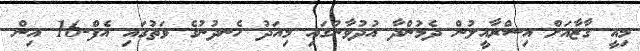
މިއީ ގާޒާއަށް އިސްރާއީލުން ދެމުންދާ އުދުވާނުގައި މިއަދު ހެނދުނުގެ ވަތުގައި އެފް-16 އިން